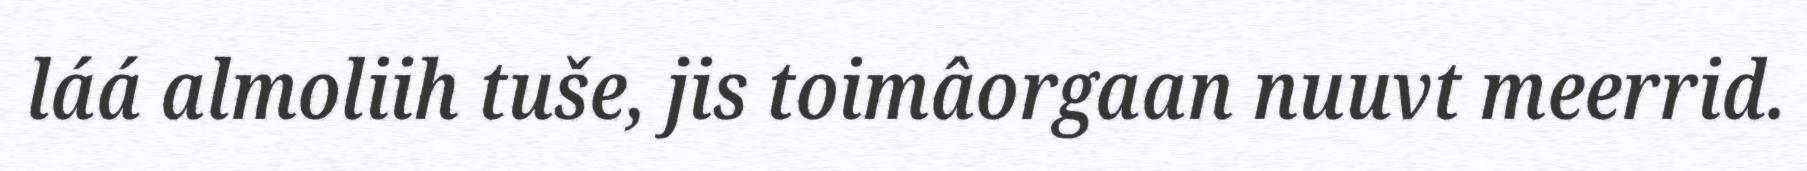
láá almoliih tuše, jis toimâorgaan nuuvt meerrid.